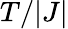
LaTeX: T/|J|